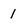
Character: 1